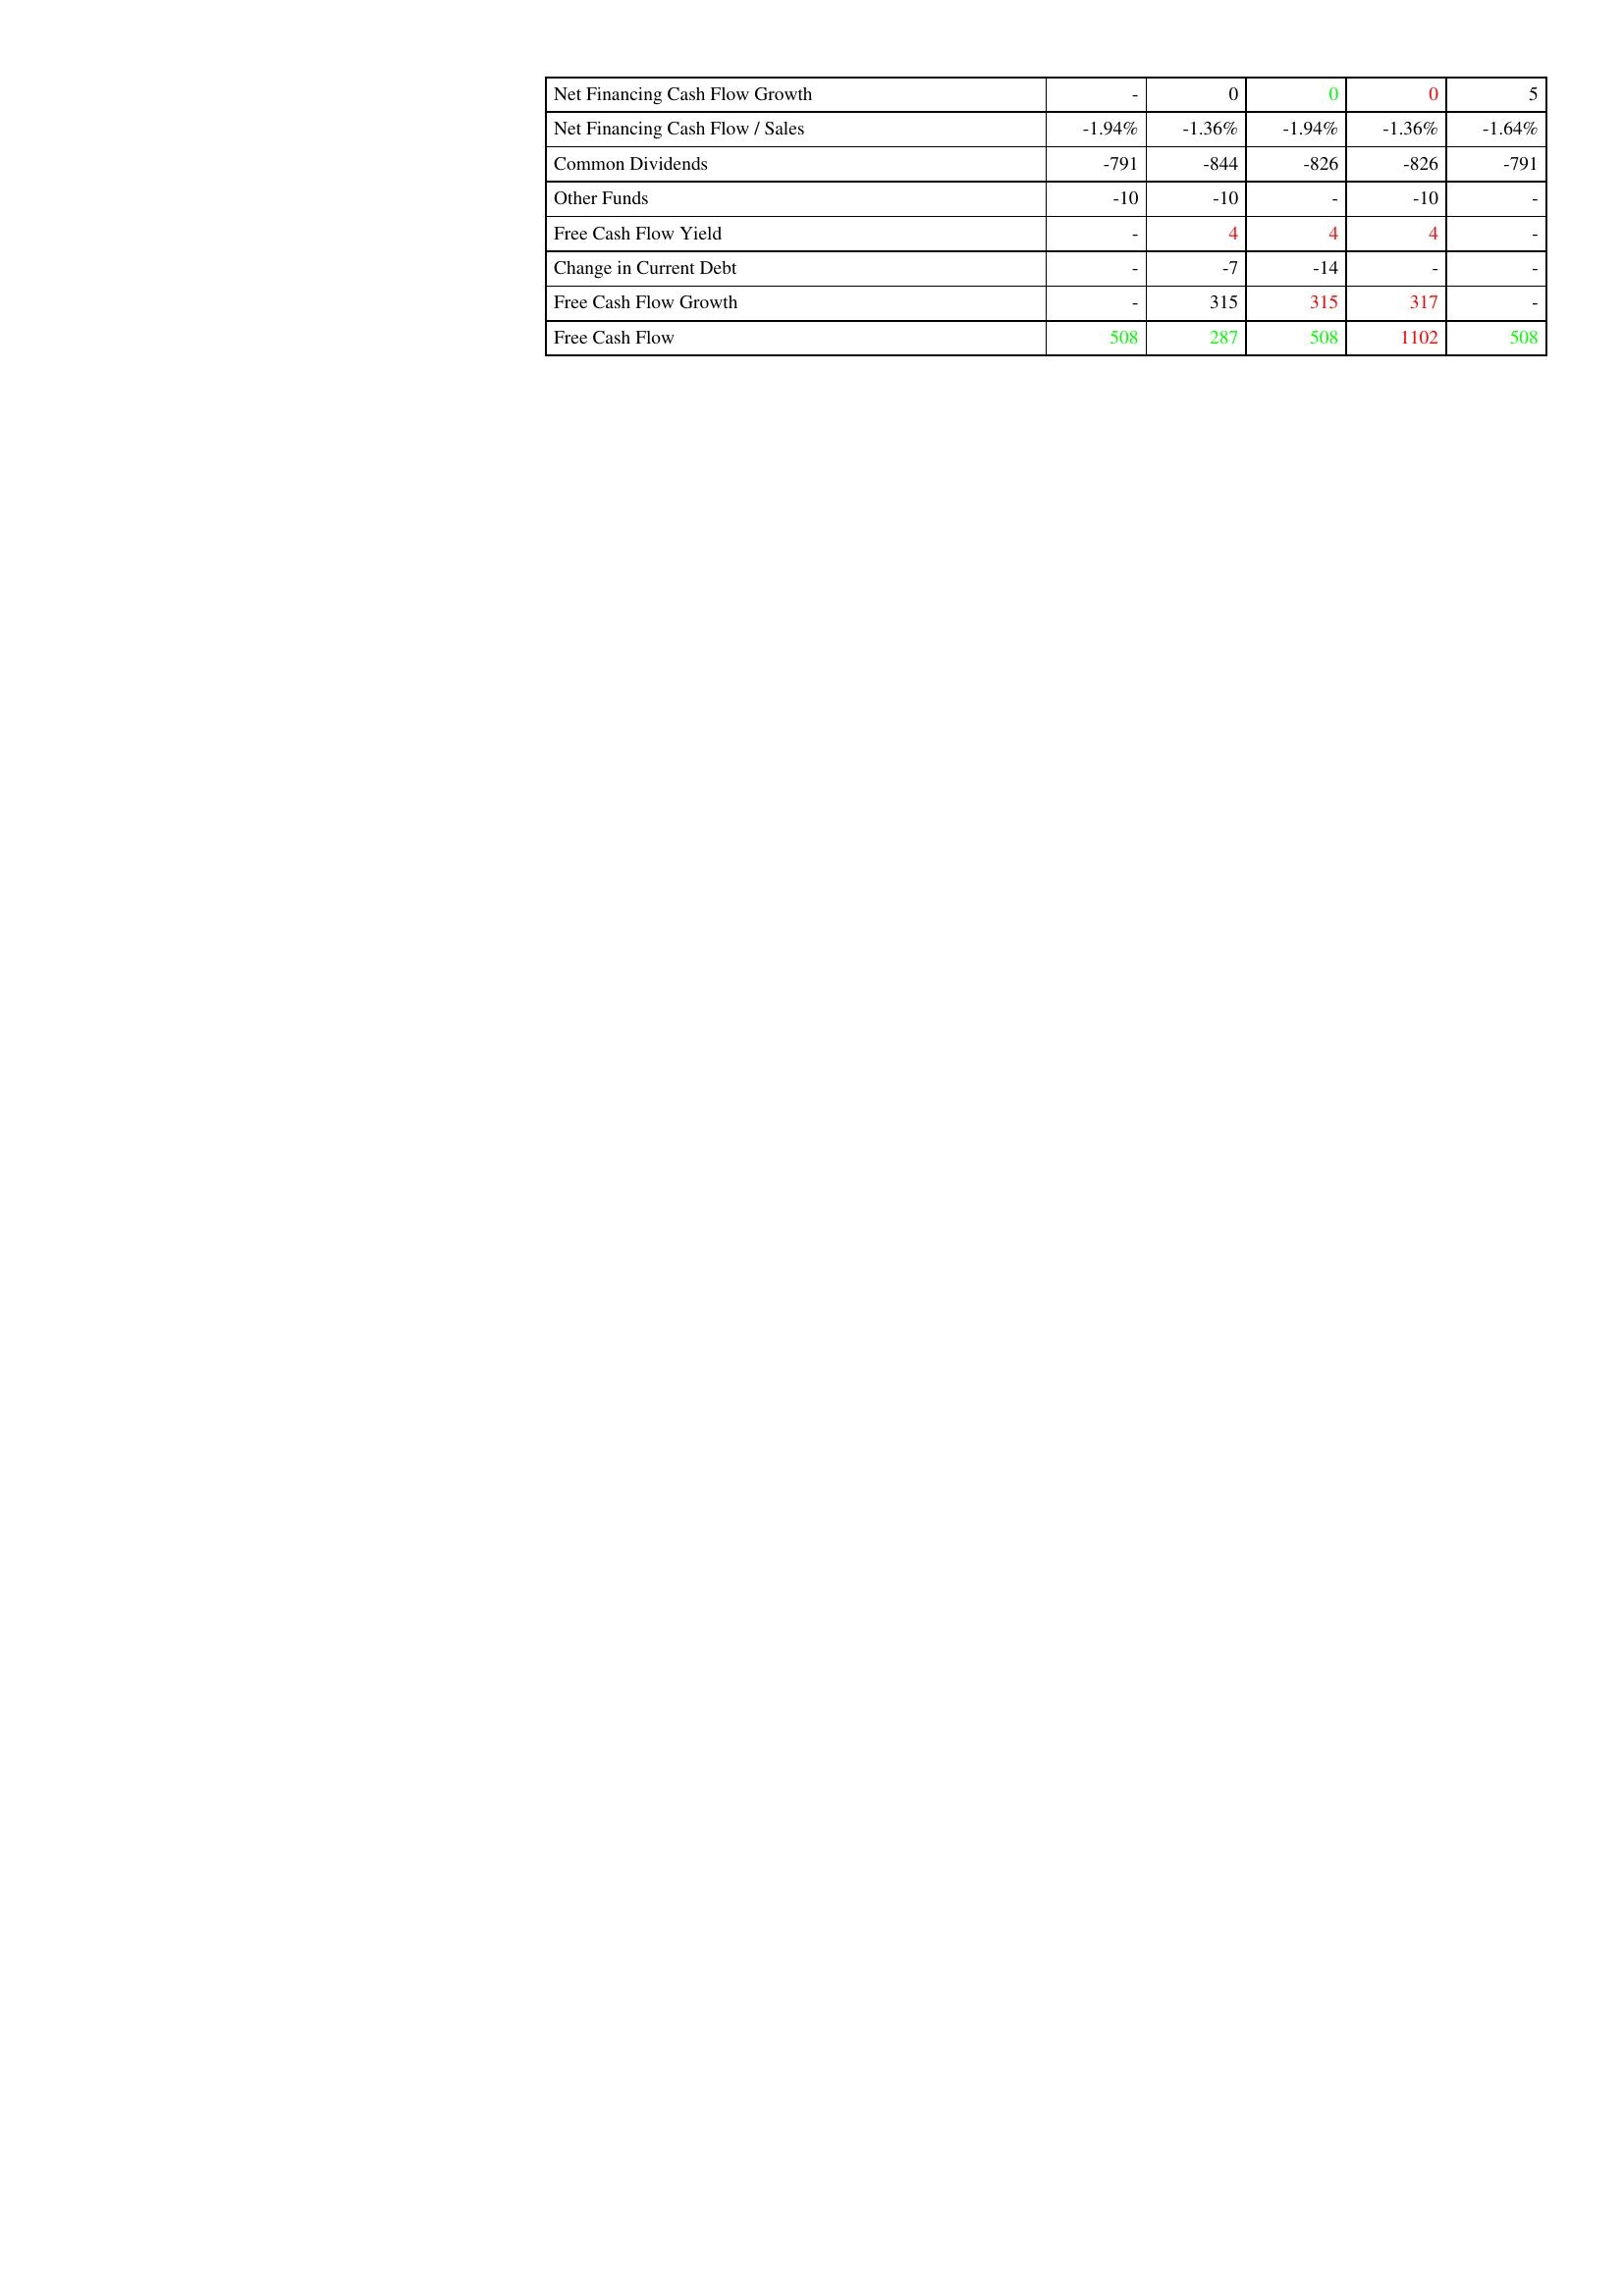
gt_parse: 2013: Financing Activities: Net Financing Cash Flow Growth: -
Net Financing Cash Flow / Sales: -1.94%
Common Dividends: -791
Other Funds: -10
Free Cash Flow Yield: -
Change in Current Debt: -
Free Cash Flow Growth: -
Free Cash Flow: 508
2012: Financing Activities: Net Financing Cash Flow Growth: 0
Net Financing Cash Flow / Sales: -1.36%
Common Dividends: -844
Other Funds: -10
Free Cash Flow Yield: 4
Change in Current Debt: -7
Free Cash Flow Growth: 315
Free Cash Flow: 287
2011: Financing Activities: Net Financing Cash Flow Growth: 0
Net Financing Cash Flow / Sales: -1.94%
Common Dividends: -826
Other Funds: -
Free Cash Flow Yield: 4
Change in Current Debt: -14
Free Cash Flow Growth: 315
Free Cash Flow: 508
2010: Financing Activities: Net Financing Cash Flow Growth: 0
Net Financing Cash Flow / Sales: -1.36%
Common Dividends: -826
Other Funds: -10
Free Cash Flow Yield: 4
Change in Current Debt: -
Free Cash Flow Growth: 317
Free Cash Flow: 1102
2009: Financing Activities: Net Financing Cash Flow Growth: 5
Net Financing Cash Flow / Sales: -1.64%
Common Dividends: -791
Other Funds: -
Free Cash Flow Yield: -
Change in Current Debt: -
Free Cash Flow Growth: -
Free Cash Flow: 508